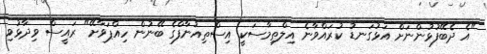
"އެ ދެބޭފުޅުންނަށް އަޅުގަނޑު ކުރައްވާނެ އިލްތިމާސަކީ އިސްތިއުނާފްގެ ބޭނުން ހިއްޕަވާށޭ" ރައީސް ވިދާޅުވި